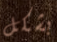
بشكل